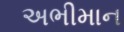
અભીમાન